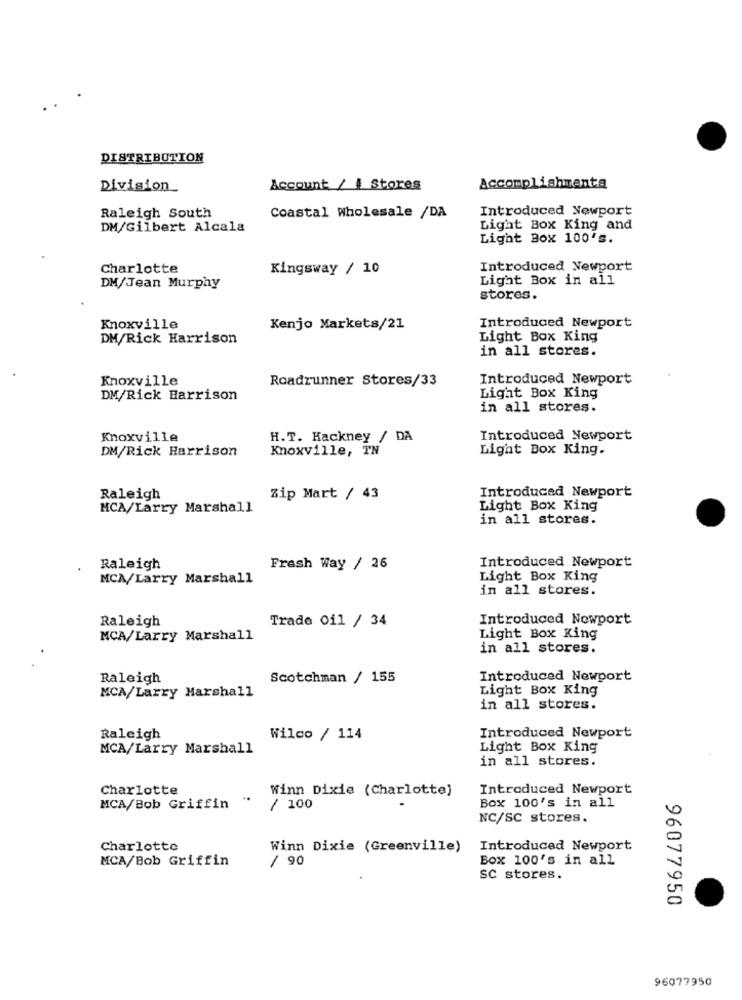
DISTRIBUTION
Division_
Account / 4 Stores
Accomplishmenta
Raleigh South
Introduced Newport
Coastal Wholesale /DA
DM/Gilbert Alcala
Light Box King and
Light Box 100's.
Charlotte
Kingsway / 10
Introduced Newport
Light Box in all
DM/Jean Murphy
stores.
Knoxville
Kenjo Markets/21
Introduced Newport
DM/Rick Harrison
Light Box King
in all stores.
Knoxville
Roadrunner Stores/33
Introduced Newport
DM/Rick Harrison
Light Box King
in all stores.
Knoxville
H.T. Hackney / DA
Introduced Newport
DM/Rick Harrison
Knoxville, TN
Light Box King.
Introduced Newport
Raleigh
Zip Mart / 43
MCA/Larry Marshall
Light Box King
in all stores.
Introduced Newport
Raleigh
Fresh Way / 26
MCA/Larry Marshall
Light Box King
in all stores.
Raleigh
Trade Oil / 34
Introduced Newport
MCA/Larry Marshall
Light Box King
in all stores.
Raleigh
Scotchman / 155
Introduced Newport
MCA/Larry Marshall
Light Box King
in all stores.
Raleigh
Wilco / 114
Introduced Newport
MCA/Larry Marshall
Light Box King
in all stores.
Charlotte
Winn Dixie (Charlotte)
Introduced Newport
Box 100's in all
MCA/Bob Griffin
/ 100
NC/SC stores.
Charlotte
Winn Dixie (Greenville)
Introduced Newport
MCA/Bob Griffin
/ 90
Box 100's in all
sc stores.
96077950
96077950